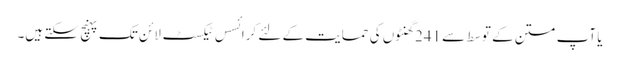
یا آپ متن کے توسط سے 241 گھنٹوں کی حمایت کے لئے کرائسس ٹیکسٹ لائن تک پہنچ سکتے ہیں۔